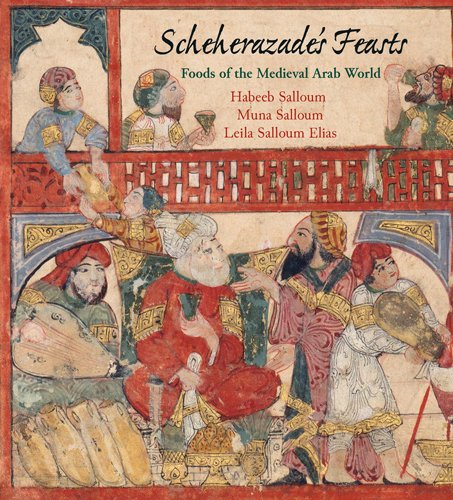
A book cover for Scheherazade's Feasts: Foods of the Medieval Arab World; Habeeb Salloum; Cookbooks, Food & Wine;